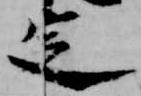
定